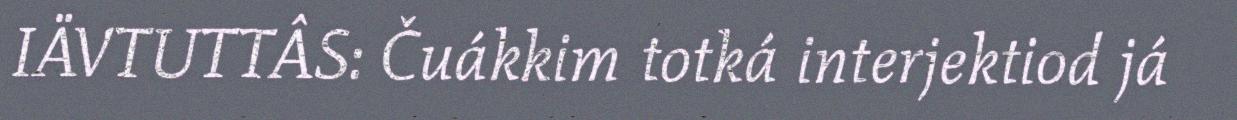
IÄVTUTTÂS: Čuákkim totká interjektiod já